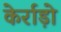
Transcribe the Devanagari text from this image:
केर्राड़ो